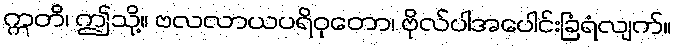
ဣတိ၊ ဤသို့။ ဗလလာယပရိဝုတော၊ ဗိုလ်ပါအပေါင်းခြံရံလျက်။